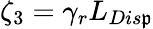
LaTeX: \zeta_{3}=\gamma_{r}L_{Dis\mathfrak{p}}